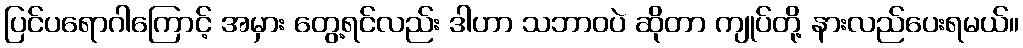
ပြင်ပရောဂါကြောင့် အမှား တွေ့ရင်လည်း ဒါဟာ သဘာဝပဲ ဆိုတာ ကျုပ်တို့ နားလည်ပေးရမယ်။